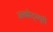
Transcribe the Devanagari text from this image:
अब्बोट्स्बुरी